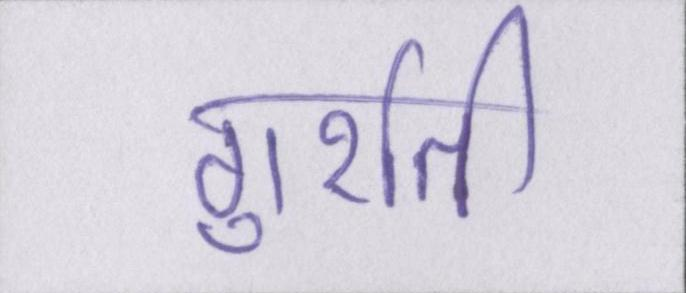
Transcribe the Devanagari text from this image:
गुर्राती